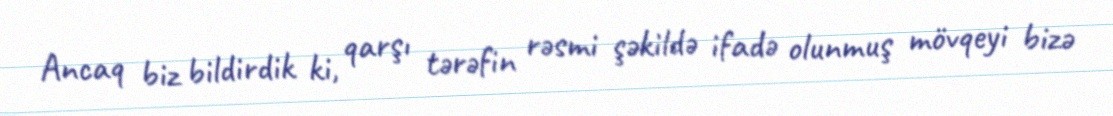
Ancaq biz bildirdik ki, qarşı tərəfin rəsmi şəkildə ifadə olunmuş mövqeyi bizə